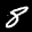
Label: 8